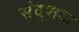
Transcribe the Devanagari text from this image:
संदुशक